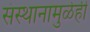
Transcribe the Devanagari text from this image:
संस्थानामुळेही